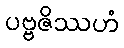
ပဗ္ဗဇိဿဟံ